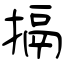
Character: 搹